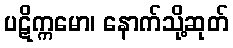
ပဋိက္ကမော၊ နောက်သို့ဆုတ်